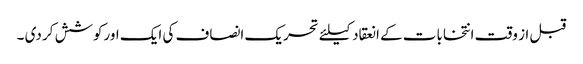
قبل از وقت انتخابات کے انعقاد کیلئے تحریک انصاف کی ایک اورکوشش کر دی ۔